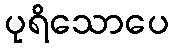
ပုရိသောပေ